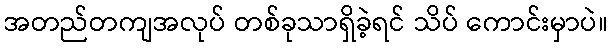
အတည်တကျအလုပ် တစ်ခုသာရှိခဲ့ရင် သိပ် ကောင်းမှာပဲ။